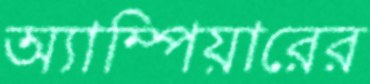
অ্যাম্পিয়ারের